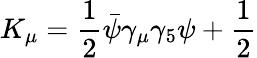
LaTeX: K_{\mu}=\frac{1}{2}\bar{\psi}\gamma_{\mu}\gamma_{5}\psi+\frac{1}{2}